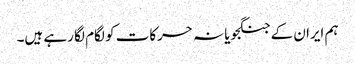
ہم ایران کے جنگجویانہ حرکات کو لگام لگا رہے ہیں۔